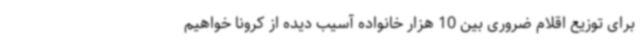
برای توزیع اقلام ضروری بین 10 هزار خانواده آسیب دیده از کرونا خواهیم